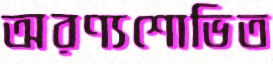
অরণ্যশোভিত